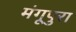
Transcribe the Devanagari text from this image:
मंगूपुरा